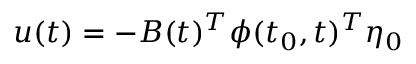
u ( t ) = - B ( t ) ^ { T } \phi ( t _ { 0 } , t ) ^ { T } \eta _ { 0 }